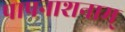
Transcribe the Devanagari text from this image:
पापनाशनाम्